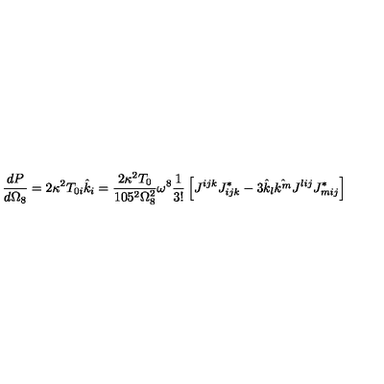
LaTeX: \frac { d P } { d \Omega _ { 8 } } = 2 \kappa ^ { 2 } T _ { 0 i } \hat { k } _ { i } = { \frac { 2 \kappa ^ { 2 } T _ { 0 } } { 1 0 5 ^ { 2 } \Omega _ { 8 } ^ { 2 } } } \omega ^ { 8 } { \frac { 1 } { 3 ! } } \left[ J ^ { i j k } J _ { i j k } ^ { * } - 3 \hat { k } _ { l } \hat { k ^ { m } } J ^ { l i j } J _ { m i j } ^ { * } \right]